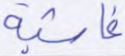
غاشية